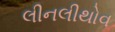
લીનલીથોવ